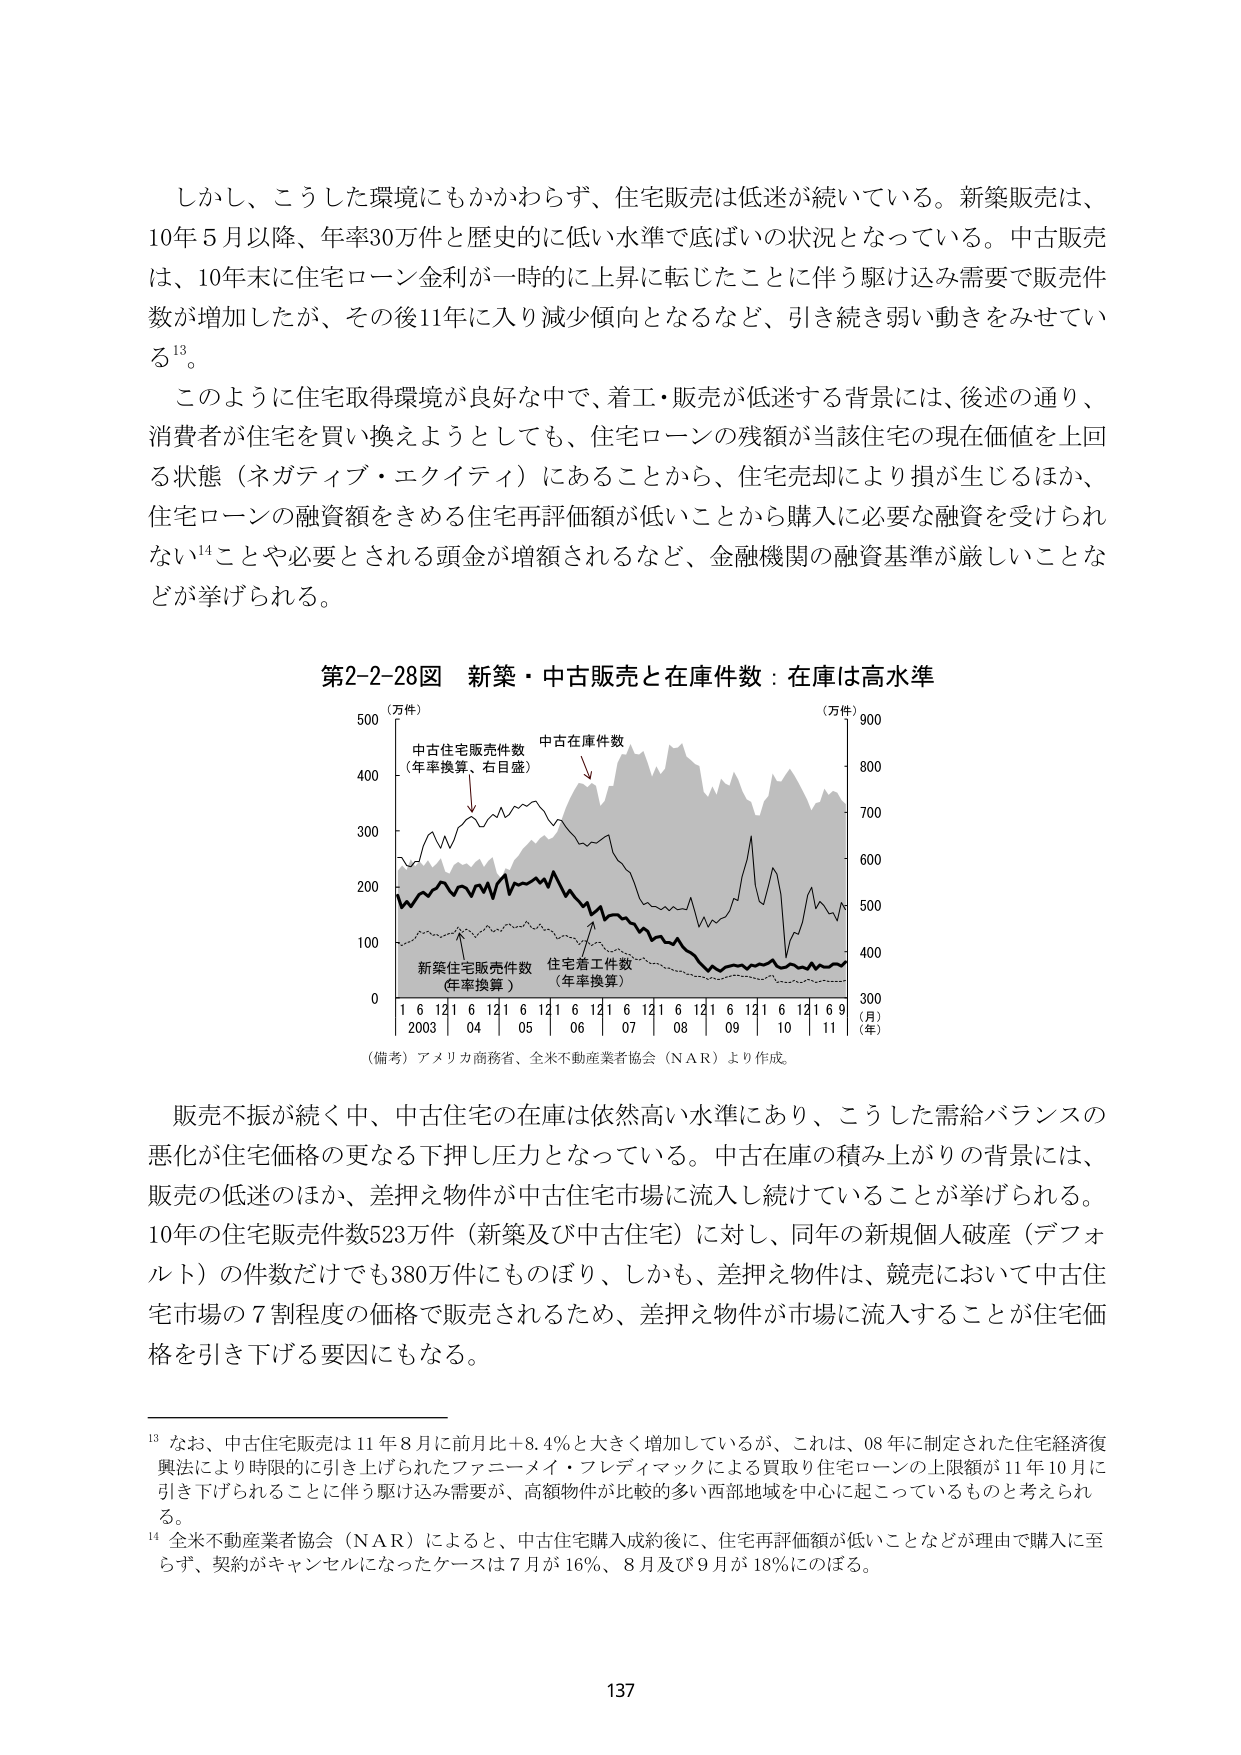
しかし、こうした環境にもかかわらず、住宅販売は低迷が続いている。新築販売は、10年5月以降、年率30万件と歴史的に低い水準で底ばいの状況となっている。中古販売は、10年末に住宅ローン金利が一時的に上昇に転じたことに伴う駆け込み需要で販売件数が増加したが、その後11年に入り減少傾向となるなど、引き続き弱い動きをみせている¹³。

このように住宅取得環境が良好な中で、着工・販売が低迷する背景には、後述の通り、消費者が住宅を買い換えようとしても、住宅ローンの残額が当該住宅の現在価値を上回る状態（ネガティブ・エクイティ）にあることから、住宅売却により損が生じるほか、住宅ローンの融資額をきめる住宅再評価額が低いことから購入に必要な融資を受けられない¹⁴ことや必要とされる頭金が増額されるなど、金融機関の融資基準が厳しいことが挙げられる。

第2-2-28図 新築・中古販売と在庫件数：在庫は高水準

（万件） 500
中古住宅販売件数
（年率換算、右目盛）
中古在庫件数
↓
400
300
200
100
0
（万件） 900
800
700
600
500
400
300
（月）
（年）
1 6 12 1 6 12 1 6 12 1 6 12 1 6 12 1 6 12 1 6 9
2003 04 05 06 07 08 09 10 11
新築住宅販売件数
（年率換算）
住宅着工件数
（年率換算）
（備考）アメリカ商務省、全米不動産業者協会（NAR）より作成。

販売不振が続く中、中古住宅の在庫は依然高い水準にあり、こうした需給バランスの悪化が住宅価格の更なる下押し圧力となっている。中古在庫の積み上がりの背景には、販売の低迷のほか、差押え物件が中古住宅市場に流入し続けていることが挙げられる。10年の住宅販売件数523万件（新築及び中古住宅）に対し、同年の新規個人破産（デフォルト）の件数だけでも380万件にものぼり、しかも、差押え物件は、競売において中古住宅市場の7割程度の価格で販売されるため、差押え物件が市場に流入することが住宅価格を引き下げる要因にもなる。

¹³ なお、中古住宅販売は11年8月に前月比＋8.4％と大きく増加しているが、これは、08年に制定された住宅経済復興法により時限的に引き上げられたファニーメイ・フレディマックによる買取り住宅ローンの上限額が11年10月に引き下げられることに伴う駆け込み需要が、高額物件が比較的多い西部地域を中心に起こっているものと考えられる。

¹⁴ 全米不動産業者協会（NAR）によると、中古住宅購入成約後に、住宅再評価額が低いことなどが理由で購入に至らず、契約がキャンセルになったケースは7月が16％、8月及び9月が18％にのぼる。

137